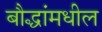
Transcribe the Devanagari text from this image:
बौद्धांमधील